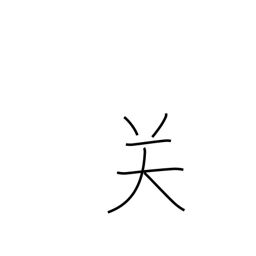
Meaning: frontier pass